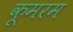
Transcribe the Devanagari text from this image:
कूमरम